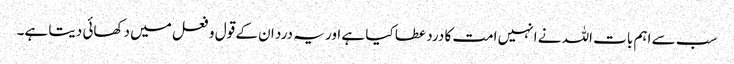
سب سے اہم بات اللہ نے انہیں امت کا درد عطا کیا ہے اور یہ درد ان کے قول و فعل میں دکھائی دیتا ہے۔